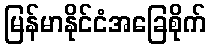
မြန်မာနိုင်ငံအခြေစိုက်